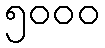
၅၀၀၀